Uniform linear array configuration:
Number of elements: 8
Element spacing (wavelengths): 1
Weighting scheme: hamming
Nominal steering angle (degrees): -15
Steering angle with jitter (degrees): -15.07
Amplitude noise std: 0.05
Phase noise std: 0.05

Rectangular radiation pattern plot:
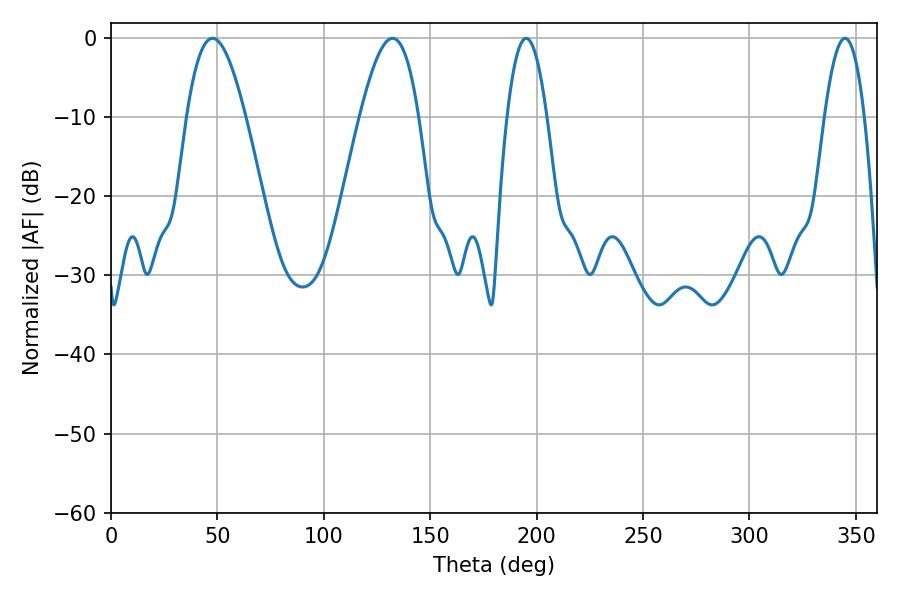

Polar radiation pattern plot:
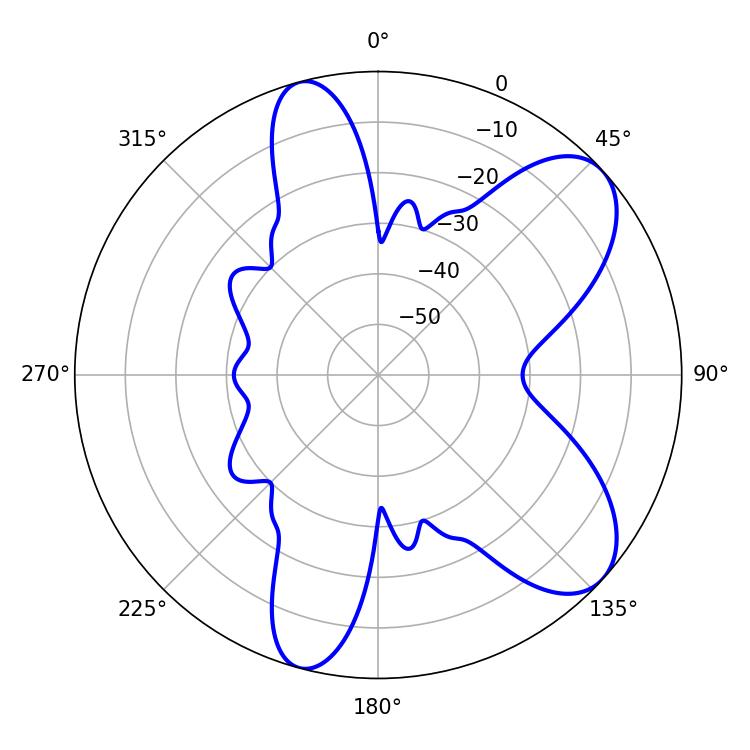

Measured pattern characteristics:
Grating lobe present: TRUE
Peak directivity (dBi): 7.934
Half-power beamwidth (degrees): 14.94
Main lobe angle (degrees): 47.7